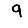
Digit: 9